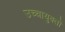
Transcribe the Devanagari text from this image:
उच्चायुक्तों